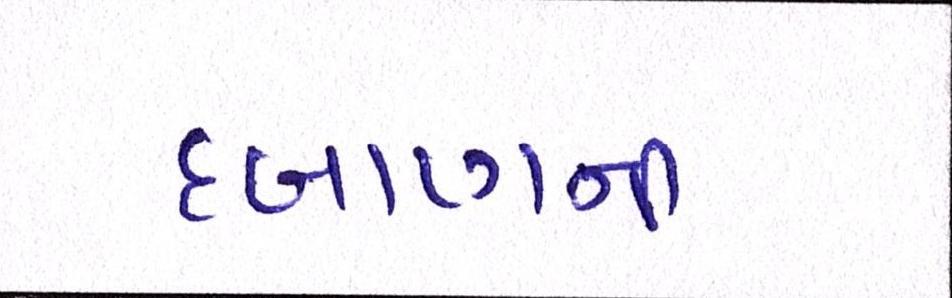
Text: દબાણની